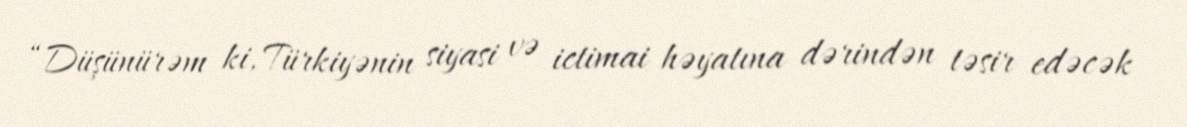
“Düşünürəm ki, Türkiyənin siyasi və ictimai həyatına dərindən təsir edəcək